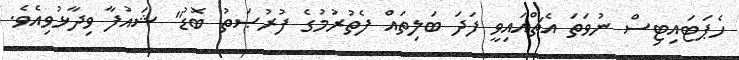
ހެޕަޓައިޓިސް ނުވަތަ އެޗްއައިވީ ފަދަ ބަލިތައް ފެތުރުމުގެ ފުރުޞަތު ބޮޑު" ޝައުފާ ވިދާޅުވިއެވެ.